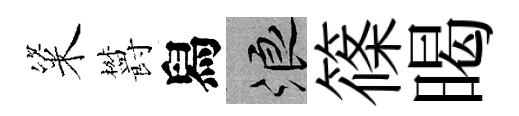
粢欝舄浪篠暍